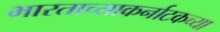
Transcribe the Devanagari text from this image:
भारताच्याकर्नाटकच्या